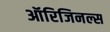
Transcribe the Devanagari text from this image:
ऑरिजिनल्स